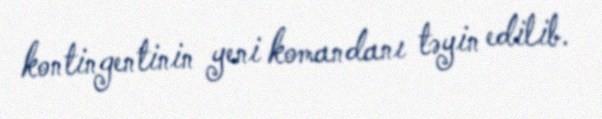
kontingentinin yeni komandanı təyin edilib.